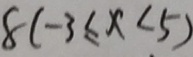
8 ( - 3 \leq x < 5 )